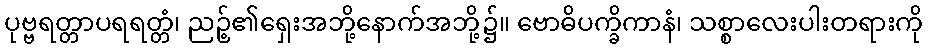
ပုဗ္ဗရတ္တာပရရတ္တံ၊ ညဉ့်၏ရှေးအဘို့နောက်အဘို့၌။ ဗောဓိပက္ခိကာနံ၊ သစ္စာလေးပါးတရားကို